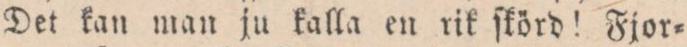
Det kan man ju kalla en rik ſkörd! Fjor=